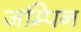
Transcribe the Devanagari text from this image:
जम्पिन